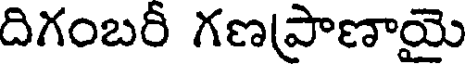
దిగంబరీ గణపాణాయై